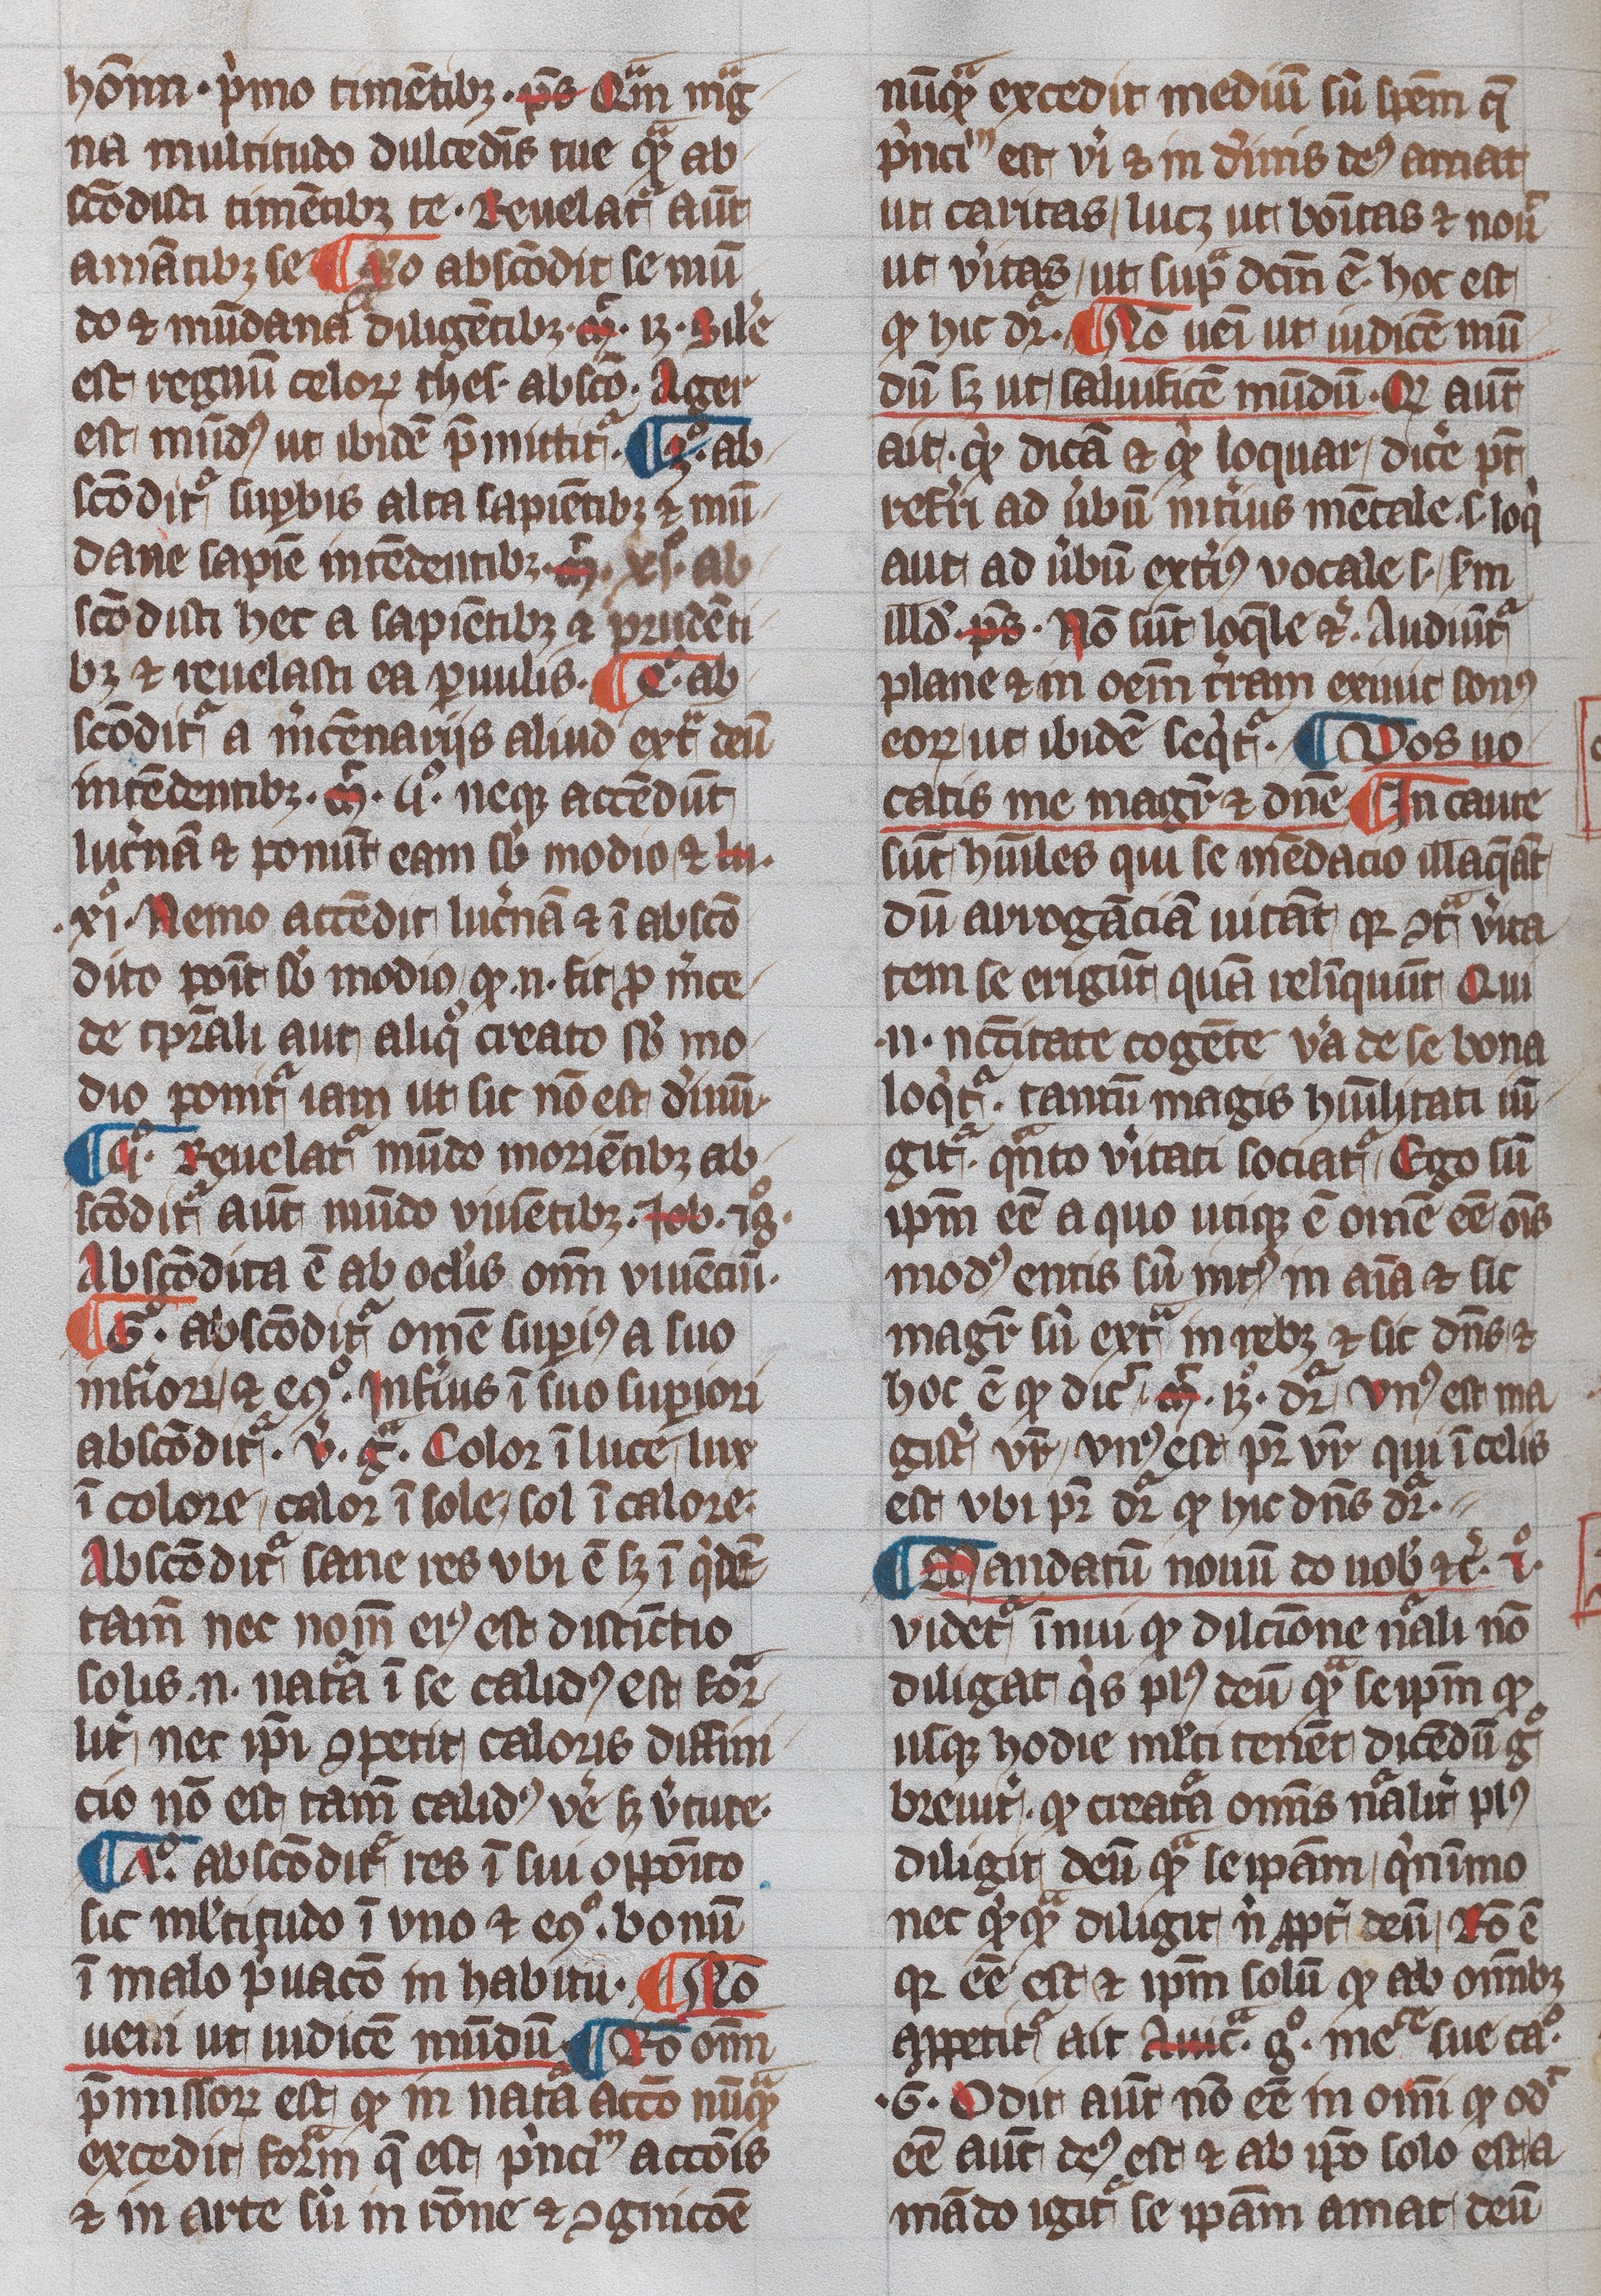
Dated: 1345–1355